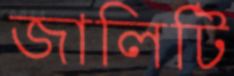
জালিটি